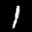
Label: 1